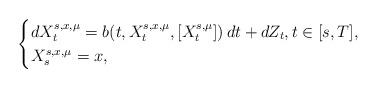
LaTeX: \begin{align*} \begin{cases} dX^{s,x,\mu}_t= b(t,X_t^{s,x,\mu},[X^{s,\mu}_t])\, dt +dZ_t,t \in [s,T], \\ X_s^{s,x,\mu}=x, \end{cases} \end{align*}